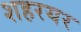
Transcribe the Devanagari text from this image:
शहरयर